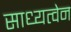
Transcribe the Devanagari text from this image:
साध्यत्वेन